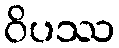
ဝိပဿ